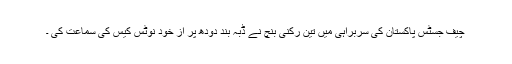
چیف جسٹس پاکستان کی سربراہی میں تین رکنی بنچ نے ڈبہ بند دودھ پر از خود نوٹس کیس کی سماعت کی ۔